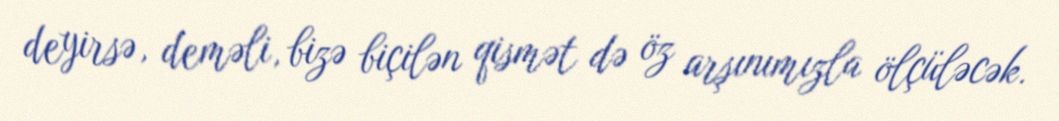
deyirsə, deməli, bizə biçilən qismət də öz arşınımızla ölçüləcək.